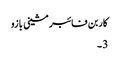
کاربن فائبر مشینی بازو
3 ۔